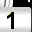
Digit: 1